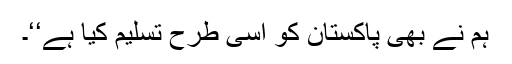
ہم نے بھی پاکستان کو اسی طرح تسلیم کیا ہے‘‘۔